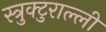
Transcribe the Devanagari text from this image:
स्त्रुक्टुराल्ली